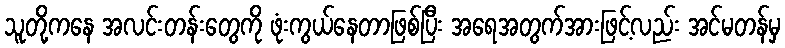
သူတို့ကနေ အလင်းတန်းတွေကို ဖုံးကွယ်နေတာဖြစ်ပြီး အရေအတွက်အားဖြင့်လည်း အင်မတန်မှ